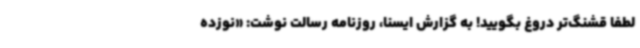
لطفا قشنگ‌تر دروغ بگویید! به گزارش ایسنا، روزنامه رسالت نوشت: «نوزده